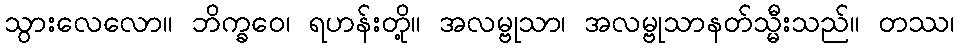
သွားလေလော။ ဘိက္ခဝေ၊ ရဟန်းတို့။ အလမ္ဗုသာ၊ အလမ္ဗုသာနတ်သ္မီးသည်။ တဿ၊